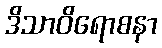
ဒိသာဝိရောစနာ